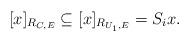
LaTeX: \begin{align*}[x]_{R_{C,E}} \subseteq [x]_{R_{U_1,E}} = S_i x .\end{align*}